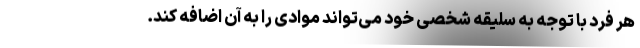
هر فرد با توجه به سلیقه‌ شخصی خود می‌تواند موادی را به آن اضافه کند.